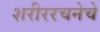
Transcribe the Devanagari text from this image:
शरीररचनेचे